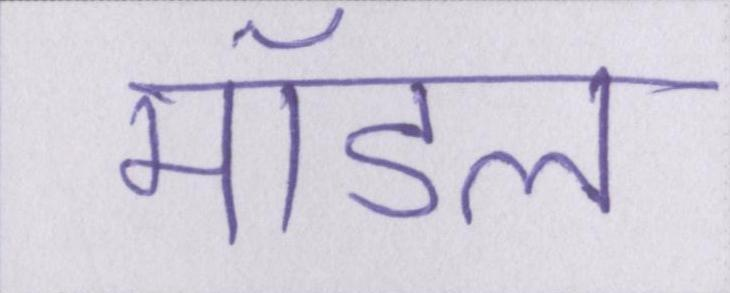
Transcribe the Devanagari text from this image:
मॉडल